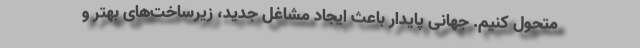
متحول کنیم. جهانی پایدار باعث ایجاد مشاغل جدید، زیرساخت‌های بهتر و